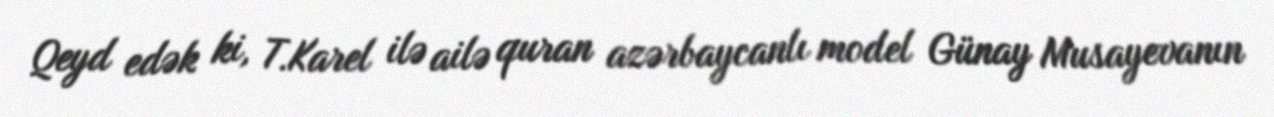
Qeyd edək ki, T.Karel ilə ailə quran azərbaycanlı model Günay Musayevanın